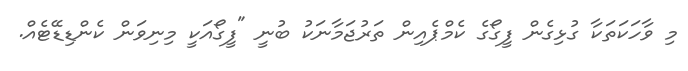
މި ވާހަކަތަކާ ގުޅިގެން ފީގޯގެ ކެމްޕެއިން ތަރުޖަމާނަކު ބުނީ "ފީގޯއަކީ މިނިވަން ކެންޑިޑޭޓެއް.